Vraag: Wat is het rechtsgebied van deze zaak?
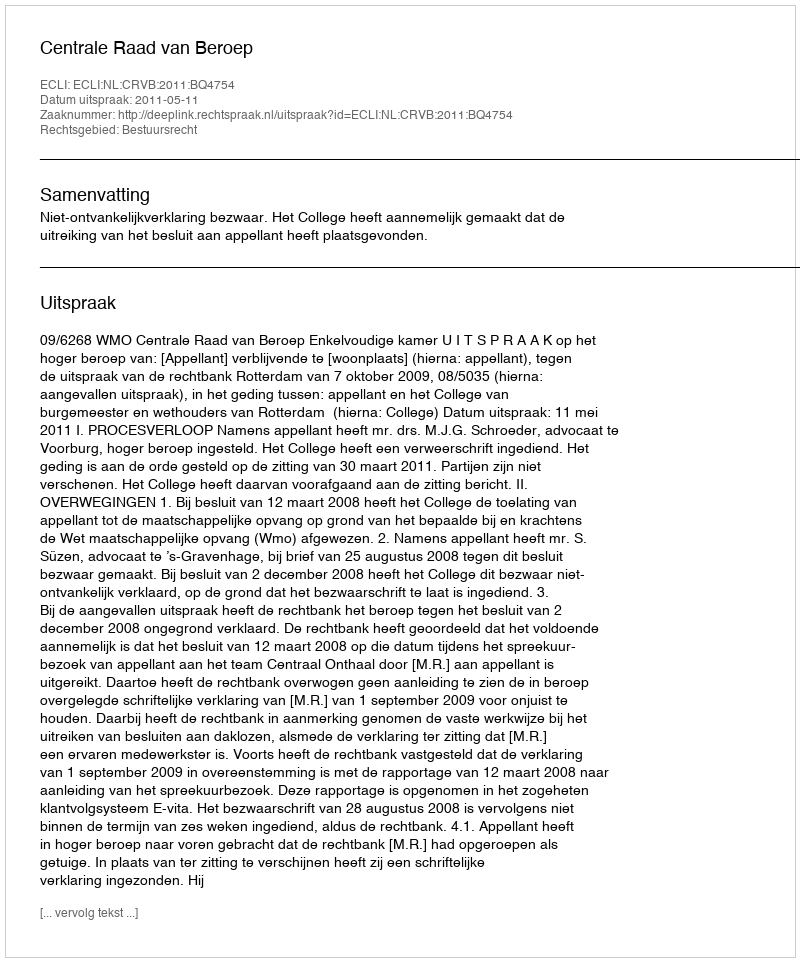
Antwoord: Bestuursrecht